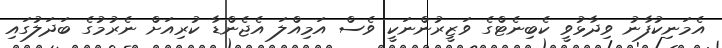
އެމަނިކުފާނު ވިދާޅުވީ ކެބިނެޓްގެ ވަޒީރުންނަކީ ވެސް އަމިއްލަ އެޖެންޑާ ކުރިއަށް ނެރުމުގެ ބަދަލުގައި